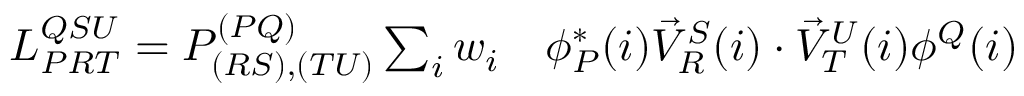
\begin{array} { r l } { L _ { P R T } ^ { Q S U } = P _ { ( R S ) , ( T U ) } ^ { ( P Q ) } \sum _ { i } w _ { i } } & { { } \phi _ { P } ^ { * } ( i ) \vec { V } _ { R } ^ { S } ( i ) \cdot \vec { V } _ { T } ^ { U } ( i ) \phi ^ { Q } ( i ) } \end{array}